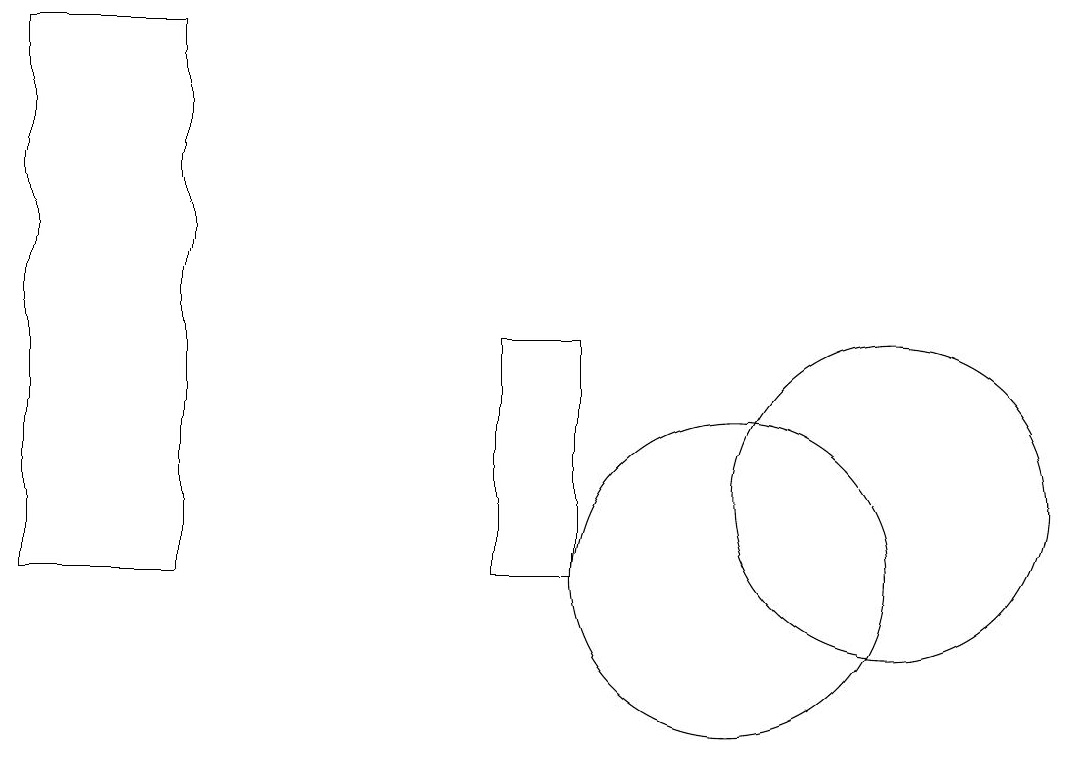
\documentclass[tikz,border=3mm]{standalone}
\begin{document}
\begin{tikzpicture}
\draw (10,10) circle (2);
\draw (12,11) circle (2);
\draw (1,17) rectangle (3,10);
\draw (7,10) rectangle (8,13);
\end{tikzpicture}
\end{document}